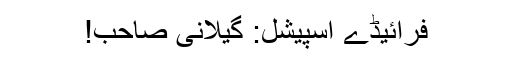
فرائیڈے اسپیشل: گیلانی صاحب!